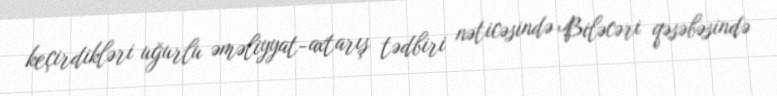
keçirdikləri uğurlu əməliyyat-axtarış tədbiri nəticəsində Biləcəri qəsəbəsində